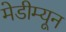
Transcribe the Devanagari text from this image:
मेडीम्यून